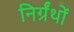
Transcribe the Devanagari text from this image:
निर्ग्रंथों